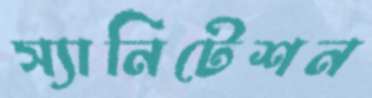
স্যানিটেশন